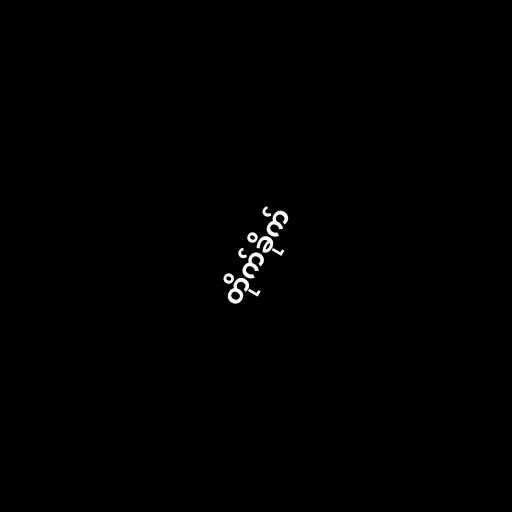
တိုက်ခိုက်